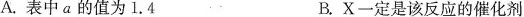
A.表中α的值为1.4 B.X一定是该反应的催化剂